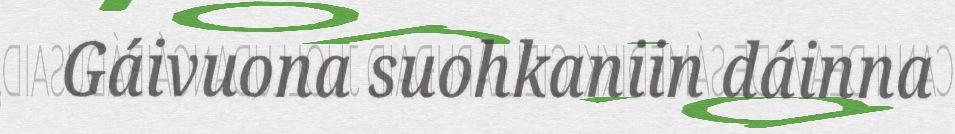
Gáivuona suohkaniin dáinna